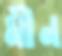
মীন